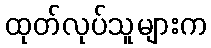
ထုတ်လုပ်သူများက